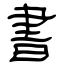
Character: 書